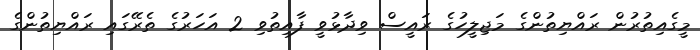
މީގެއިތުރުން ރައްޔިތުންގެ މަޖިލީހުގެ ރައީސް ވިދާޅުވީ ފާއިތުވި 2 އަހަރުގެ ތެރޭގައި ރައްޔިތުންގެ